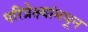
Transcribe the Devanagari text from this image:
परिप्रेक्ष्यांमधून